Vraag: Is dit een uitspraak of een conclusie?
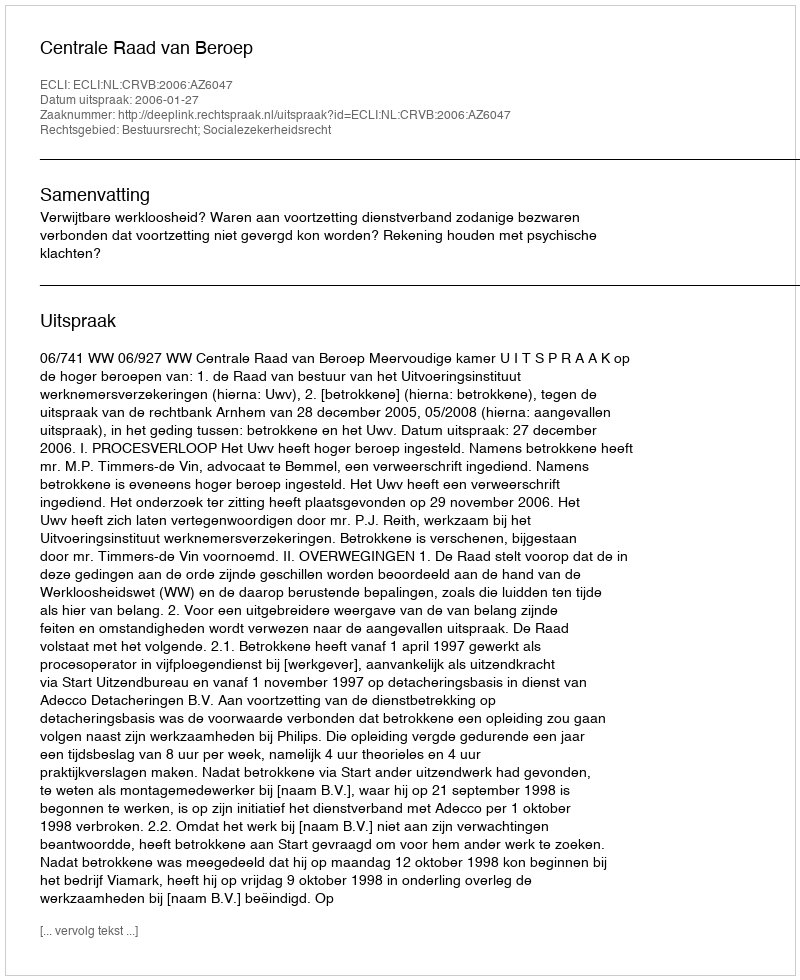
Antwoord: Uitspraak